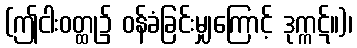
(ဤငါးဝတ္ထု၌ ဝန်ခံခြင်းမျှကြောင့် ဒုက္ကဋ်။)၊